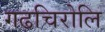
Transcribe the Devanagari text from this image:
गढचिरोलि